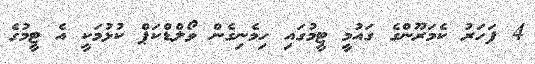
4 ފަހަރު ކެމަރޫންގެ ގައުމީ ޓީމުގައި ހިމެނިގެން ވޯލްޑްކަޕް ކުޅުމަކީ އެ ޓީމުގެ